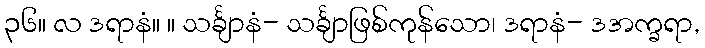
၃၆။ လ ဒရာနံ။ ။ သင်္ချာနံ- သင်္ချာဖြစ်ကုန်သော၊ ဒရာနံ- ဒအက္ခရာ,